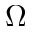
\Omega